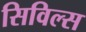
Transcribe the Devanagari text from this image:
सिविल्स